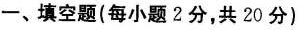
一、填空题(每小题2分，共20分)